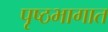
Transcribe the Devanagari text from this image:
पृष्ठभागात